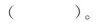
()。